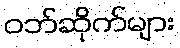
ဝဘ်ဆိုက်များ